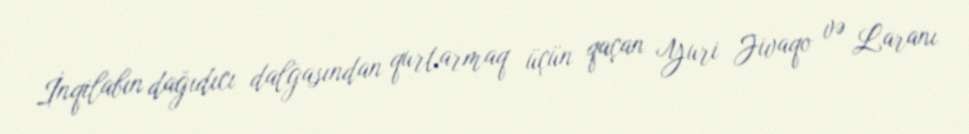
İnqilabın dağıdıcı dalğasından qurtarmaq üçün qaçan Yuri Jivaqo və Laranı